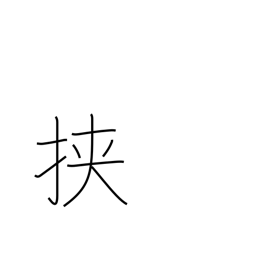
Meaning: between